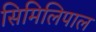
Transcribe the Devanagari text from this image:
सिमिलिपाल